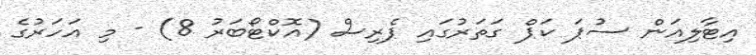
އިޓާލިއަން ސުޕަ ކަޕް ގަތަރުގައި ޕެރިސް (އޮކްޓޯބަރު 8) - މި އަހަރުގެ